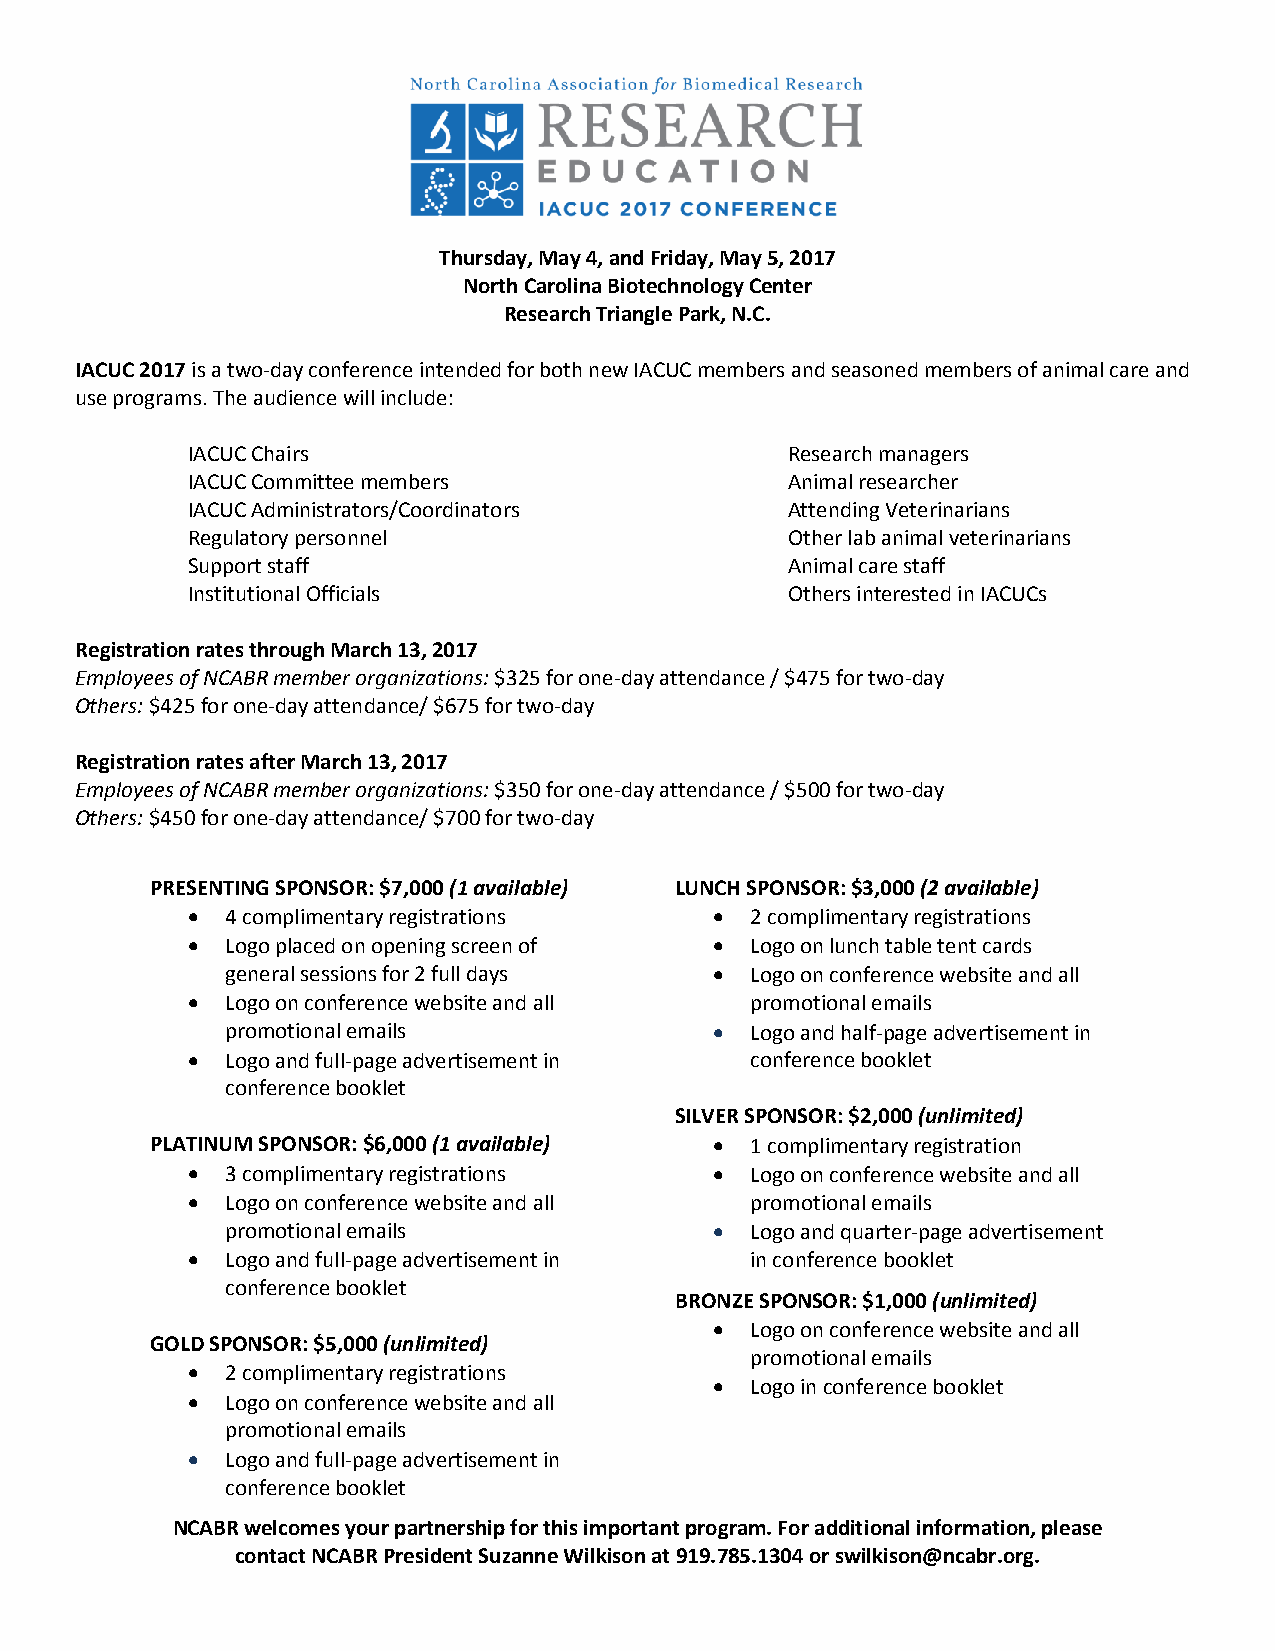
Thursday, May 4, and Friday, May 5, 2017
 North Carolina Biotechnology Center
 Research Triangle Park, N.C.
 IACUC 2017 is a two-day conference intended for both new IACUC members and seasoned members of animal care and
 use programs. The audience will include:
 IACUC Chairs                            Research managers
 IACUC Committee members                 Animal researcher
 IACUC Administrators/Coordinators       Attending Veterinarians
 Regulatory personnel                    Other lab animal veterinarians
 Support staff                           Animal care staff
 Institutional Officials                 Others interested in IACUCs
 Registration rates through March 13, 2017
 Employees of NCABR member organizations: $325 for one-day attendance / $475 for two-day
 Others: $425 for one-day attendance/ $675 for two-day
 Registration rates after March 13, 2017
 Employees of NCABR member organizations: $350 for one-day attendance / $500 for two-day
 Others: $450 for one-day attendance/ $700 for two-day
 PRESENTING SPONSOR: $7,000 (1 available) LUNCH SPONSOR: $3,000 (2 available)
   4 complimentary registrations     2 complimentary registrations
   Logo placed on opening screen of  Logo on lunch table tent cards
 general sessions for 2 full days  Logo on conference website and all
   Logo on conference website and all promotional emails
 promotional emails                Logo and half-page advertisement in
   Logo and full-page advertisement in conference booklet
 conference booklet
 SILVER SPONSOR: $2,000 (unlimited)
 PLATINUM SPONSOR: $6,000 (1 available)  1 complimentary registration
   3 complimentary registrations     Logo on conference website and all
   Logo on conference website and all promotional emails
 promotional emails                Logo and quarter-page advertisement
   Logo and full-page advertisement in in conference booklet
 conference booklet
 BRONZE SPONSOR: $1,000 (unlimited)
   Logo on conference website and all
 GOLD SPONSOR: $5,000 (unlimited)
 promotional emails
   2 complimentary registrations
   Logo in conference booklet
   Logo on conference website and all
 promotional emails
   Logo and full-page advertisement in
 conference booklet
 NCABR welcomes your partnership for this important program. For additional information, please
 contact NCABR President Suzanne Wilkison at 919.785.1304 or swilkison@ncabr.org.